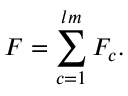
F = \sum _ { c = 1 } ^ { l m } F _ { c } .